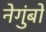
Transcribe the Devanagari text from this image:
नेगुंबो